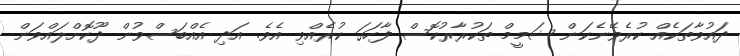
ދައުވާތަކެއް ކުރެވޭނެކަން ޝަމީމް ތަކުރާރުކޮސް ފާހަގަ ކުރެއްވި އެވެ. އަދި އެއްބަސްވުން ދޫކޮށްލައްވަން